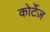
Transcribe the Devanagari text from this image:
कोर्टेज़